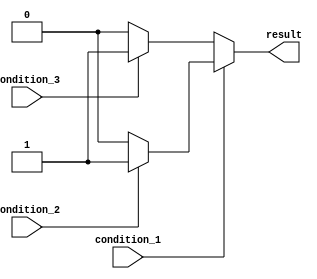
module nested_if_else(
    input wire condition_1,
    input wire condition_2,
    input wire condition_3,
    output reg result
);

always @(*)
begin
    if (condition_1)
    begin
        if (condition_2)
        begin
            result <= 1'b1;
        end
        else
        begin
            result <= 1'b0;
        end
    end
    else if (condition_3)
    begin
        result <= 1'b1;
    end
    else
    begin
        result <= 1'b0;
    end
end

endmodule